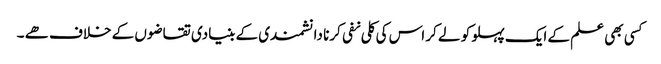
کسی بھی علم کے ایک پہلو کو لے کر اس کی کلی نفی کرنا دانشمندی کے بنیادی تقاضوں کے خلاف ھے ۔